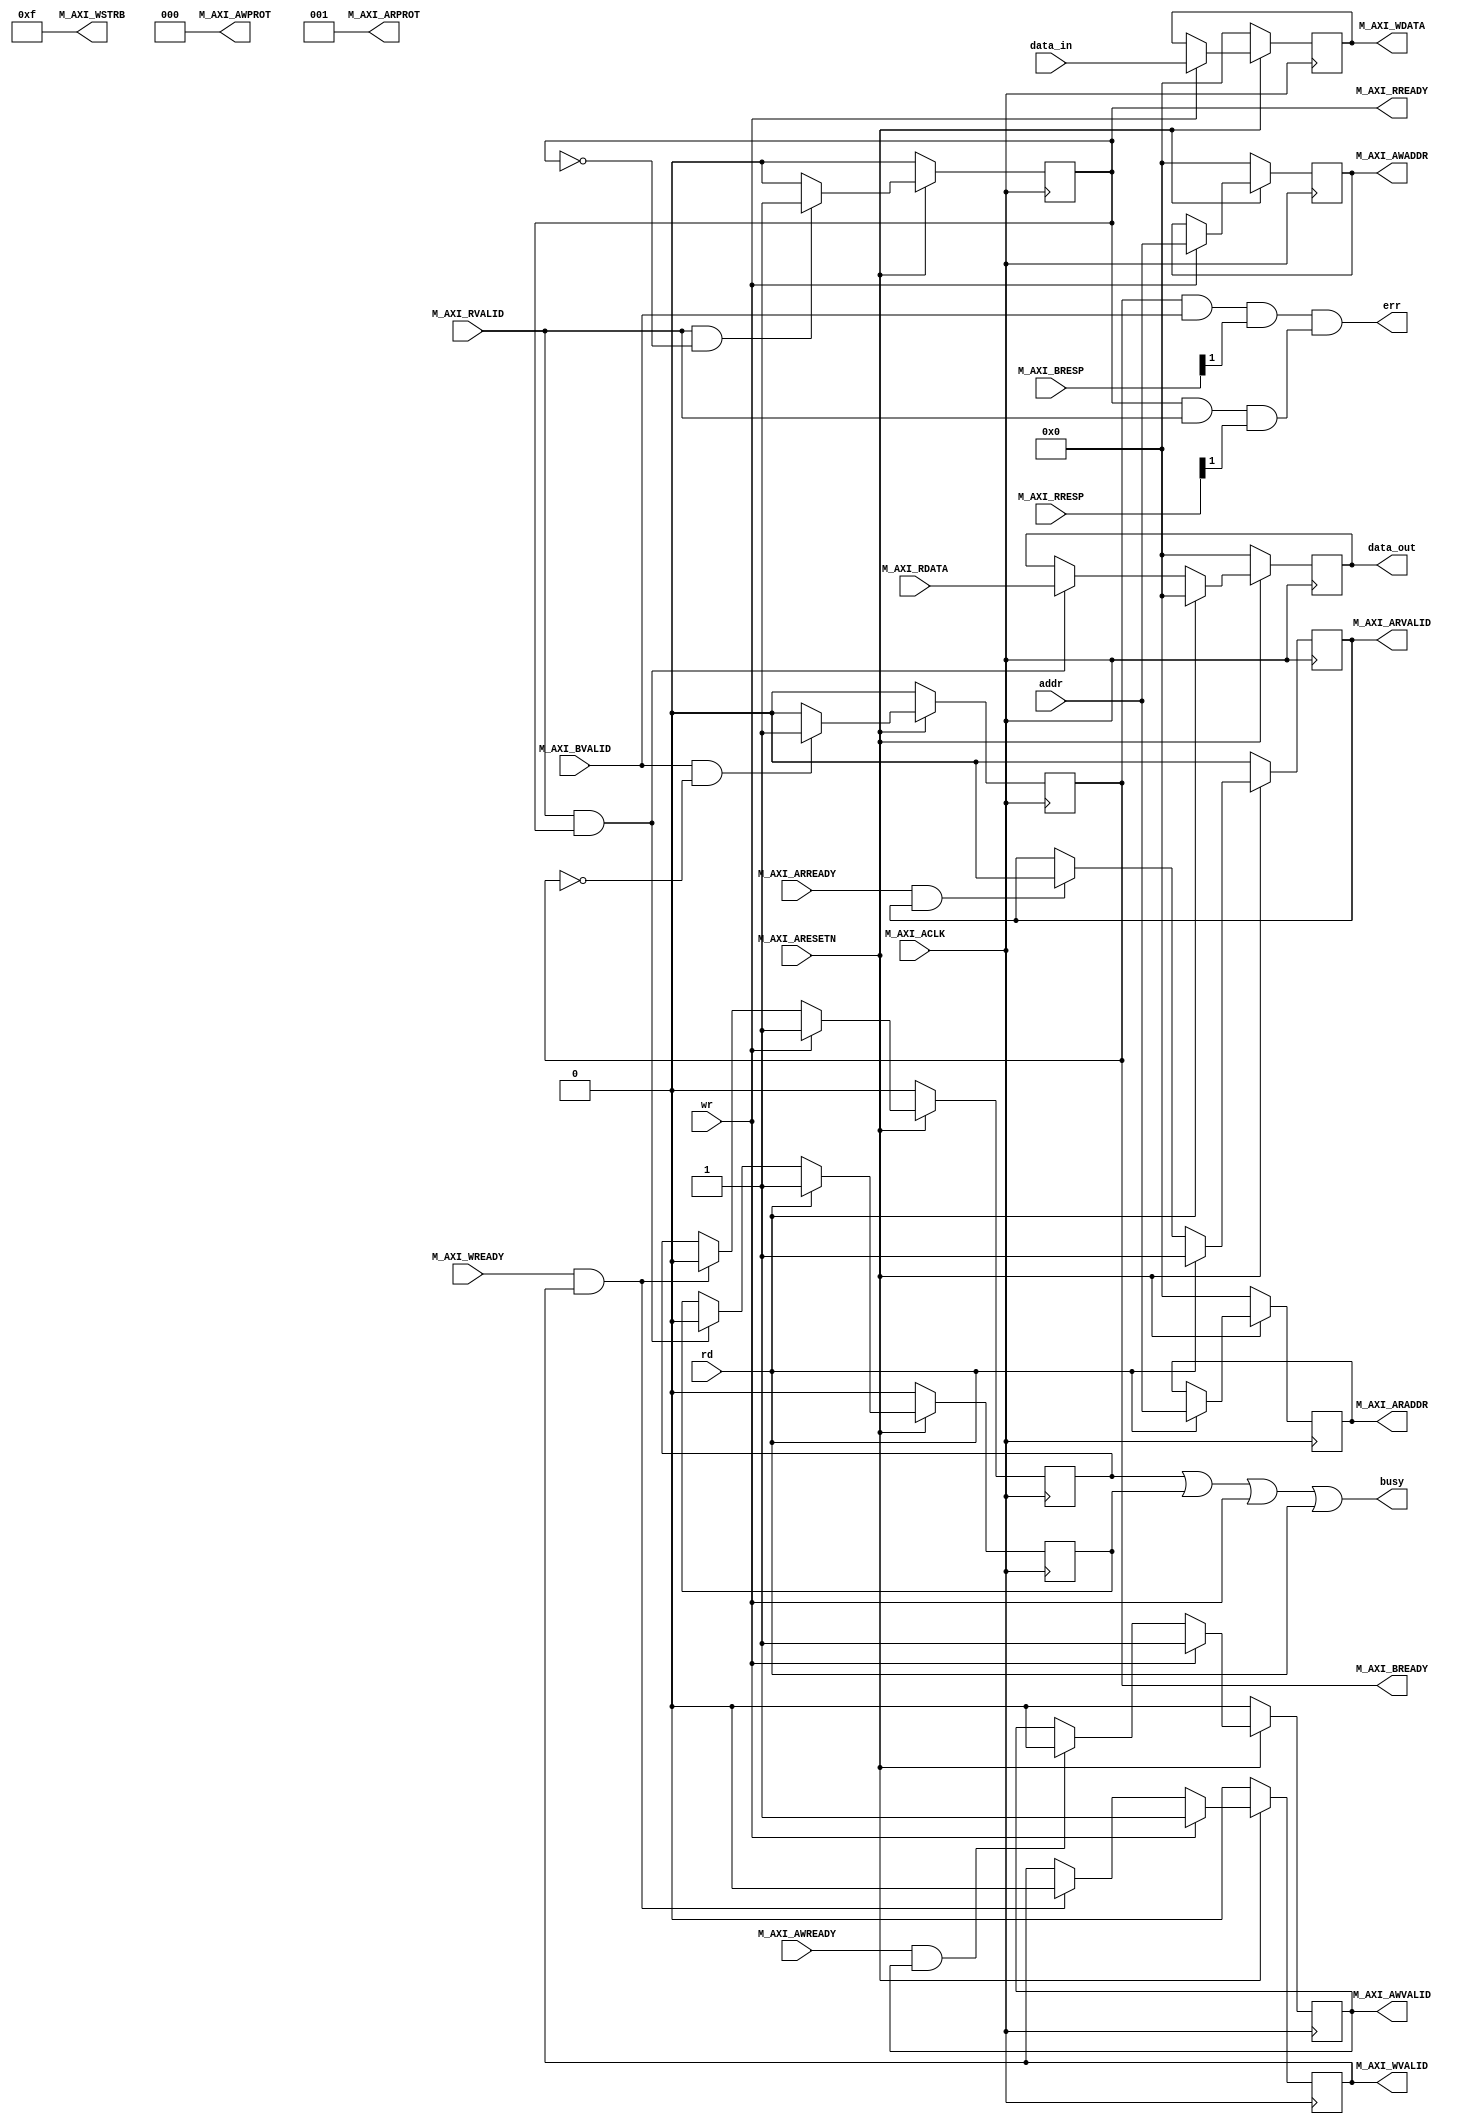

`timescale 1 ns / 1 ps

	module axi4_lite_inf_v1_0_M00_AXI #
	(		
		// Width of M_AXI address bus. 
    // The master generates the read and write addresses of width specified as C_M_AXI_ADDR_WIDTH.
		parameter integer C_M_AXI_ADDR_WIDTH	= 32,
		// Width of M_AXI data bus. 
    // The master issues write data and accept read data where the width of the data bus is C_M_AXI_DATA_WIDTH
		parameter integer C_M_AXI_DATA_WIDTH	= 32
	)
	(
		// Users to add ports here
		input wire [31:0] addr,
		input wire [31:0] data_in,
		output reg [31:0] data_out,
		input wire wr,
		input wire rd,
		output wire busy,
		output wire err,
		// User ports ends
		// AXI clock signal
		input wire  M_AXI_ACLK,
		// AXI active low reset signal
		input wire  M_AXI_ARESETN,
		// Master Interface Write Address Channel ports. Write address (issued by master)
		output wire [C_M_AXI_ADDR_WIDTH-1 : 0] M_AXI_AWADDR,
		// Write channel Protection type.
    // This signal indicates the privilege and security level of the transaction,
    // and whether the transaction is a data access or an instruction access.
		output wire [2 : 0] M_AXI_AWPROT,
		// Write address valid. 
    // This signal indicates that the master signaling valid write address and control information.
		output wire  M_AXI_AWVALID,
		// Write address ready. 
    // This signal indicates that the slave is ready to accept an address and associated control signals.
		input wire  M_AXI_AWREADY,
		// Master Interface Write Data Channel ports. Write data (issued by master)
		output wire [C_M_AXI_DATA_WIDTH-1 : 0] M_AXI_WDATA,
		// Write strobes. 
    // This signal indicates which byte lanes hold valid data.
    // There is one write strobe bit for each eight bits of the write data bus.
		output wire [C_M_AXI_DATA_WIDTH/8-1 : 0] M_AXI_WSTRB,
		// Write valid. This signal indicates that valid write data and strobes are available.
		output wire  M_AXI_WVALID,
		// Write ready. This signal indicates that the slave can accept the write data.
		input wire  M_AXI_WREADY,
		// Master Interface Write Response Channel ports. 
    // This signal indicates the status of the write transaction.
		input wire [1 : 0] M_AXI_BRESP,
		// Write response valid. 
    // This signal indicates that the channel is signaling a valid write response
		input wire  M_AXI_BVALID,
		// Response ready. This signal indicates that the master can accept a write response.
		output wire  M_AXI_BREADY,
		// Master Interface Read Address Channel ports. Read address (issued by master)
		output wire [C_M_AXI_ADDR_WIDTH-1 : 0] M_AXI_ARADDR,
		// Protection type. 
    // This signal indicates the privilege and security level of the transaction, 
    // and whether the transaction is a data access or an instruction access.
		output wire [2 : 0] M_AXI_ARPROT,
		// Read address valid. 
    // This signal indicates that the channel is signaling valid read address and control information.
		output wire  M_AXI_ARVALID,
		// Read address ready. 
    // This signal indicates that the slave is ready to accept an address and associated control signals.
		input wire  M_AXI_ARREADY,
		// Master Interface Read Data Channel ports. Read data (issued by slave)
		input wire [C_M_AXI_DATA_WIDTH-1 : 0] M_AXI_RDATA,
		// Read response. This signal indicates the status of the read transfer.
		input wire [1 : 0] M_AXI_RRESP,
		// Read valid. This signal indicates that the channel is signaling the required read data.
		input wire  M_AXI_RVALID,
		// Read ready. This signal indicates that the master can accept the read data and response information.
		output wire  M_AXI_RREADY
	);

	// AXI4LITE signals
	//write address valid
	reg  	axi_awvalid;
	//write data valid
	reg  	axi_wvalid;
	//read address valid
	reg  	axi_arvalid;
	//read data acceptance
	reg  	axi_rready;
	//write response acceptance
	reg  	axi_bready;
	//write address
	reg [C_M_AXI_ADDR_WIDTH-1 : 0] 	axi_awaddr;
	//write data
	reg [C_M_AXI_DATA_WIDTH-1 : 0] 	axi_wdata;
	//read addresss
	reg [C_M_AXI_ADDR_WIDTH-1 : 0] 	axi_araddr;
	//Asserts when there is a write response error
	wire  	write_resp_error;
	//Asserts when there is a read response error
	wire  	read_resp_error;
	
	always @ (posedge M_AXI_ACLK)
		if (M_AXI_ARESETN == 0 )	begin
			axi_awaddr <= 'd0;
			axi_wdata <= 'd0;
		end
		else if (wr)	begin
			axi_awaddr <= addr[31:0];	
			axi_wdata <= data_in;
		end

	always @ (posedge M_AXI_ACLK)
		if (M_AXI_ARESETN == 0 )
			axi_araddr <= 'd0;
		else if (rd)
			axi_araddr <= addr[31:0];	
			
	reg wr_busy;
	always @ (posedge M_AXI_ACLK)
		if (M_AXI_ARESETN == 0 )
			wr_busy <= 1'b0;
		else if (wr)
			wr_busy <= 1'b1;
		else if (M_AXI_WREADY && axi_wvalid) 
			wr_busy <= 1'b0;

	reg rd_busy;
	always @ (posedge M_AXI_ACLK)
		if (M_AXI_ARESETN == 0 )
			rd_busy <= 1'b0;
		else if (rd)
			rd_busy <= 1'b1;
		else if (M_AXI_RVALID && axi_rready) 
			rd_busy <= 1'b0;
						
	assign busy = wr_busy | rd_busy | wr | rd;
	assign err = write_resp_error & read_resp_error;
	
	always @ (posedge M_AXI_ACLK)
		if (M_AXI_ARESETN == 0 )
			data_out <= 32'd0;
		else if (rd)
			data_out <= 32'd0;
		else if (M_AXI_RVALID && axi_rready)
			data_out <= M_AXI_RDATA[31:0];
			
			
	// I/O Connections assignments
	 
	//Adding the offset address to the base addr of the slave
	assign M_AXI_AWADDR	= axi_awaddr;
	//AXI 4 write data
	assign M_AXI_WDATA	= axi_wdata;
	assign M_AXI_AWPROT	= 3'b000;
	assign M_AXI_AWVALID	= axi_awvalid;
	//Write Data(W)
	assign M_AXI_WVALID	= axi_wvalid;
	//Set all byte strobes in this example
	assign M_AXI_WSTRB	= 4'b1111;
	//Write Response (B)
	assign M_AXI_BREADY	= axi_bready;
	//Read Address (AR)
	assign M_AXI_ARADDR	= axi_araddr;
	assign M_AXI_ARVALID	= axi_arvalid;
	assign M_AXI_ARPROT	= 3'b001;
	//Read and Read Response (R)
	assign M_AXI_RREADY	= axi_rready;

	//--------------------
	//Write Address Channel
	//--------------------

	// The purpose of the write address channel is to request the address and 
	// command information for the entire transaction.  It is a single beat
	// of information.

	// Note for this example the axi_awvalid/axi_wvalid are asserted at the same
	// time, and then each is deasserted independent from each other.
	// This is a lower-performance, but simplier control scheme.

	// AXI VALID signals must be held active until accepted by the partner.

	// A data transfer is accepted by the slave when a master has
	// VALID data and the slave acknoledges it is also READY. While the master
	// is allowed to generated multiple, back-to-back requests by not 
	// deasserting VALID, this design will add rest cycle for
	// simplicity.

	// Since only one outstanding transaction is issued by the user design,
	// there will not be a collision between a new request and an accepted
	// request on the same clock cycle. 

	  always @(posedge M_AXI_ACLK)										      
	  begin                                                                        
	    //Only VALID signals must be deasserted during reset per AXI spec          
	    //Consider inverting then registering active-low reset for higher fmax     
	    if (M_AXI_ARESETN == 0)                                                   
	      begin                                                                    
	        axi_awvalid <= 1'b0;                                                   
	      end                                                                      
	      //Signal a new address/data command is available by user logic           
	    else                                                                       
	      begin                                                                    
	        if (wr)                                                
	          begin                                                                
	            axi_awvalid <= 1'b1;                                               
	          end                                                                  
	     //Address accepted by interconnect/slave (issue of M_AXI_AWREADY by slave)
	        else if (M_AXI_AWREADY && axi_awvalid)                                 
	          begin                                                                
	            axi_awvalid <= 1'b0;                                               
	          end                                                                  
	      end                                                                      
	  end                                                                          
	                                                                               
	//--------------------
	//Write Data Channel
	//--------------------

	//The write data channel is for transfering the actual data.
	//The data generation is speific to the example design, and 
	//so only the WVALID/WREADY handshake is shown here

	   always @(posedge M_AXI_ACLK)                                        
	   begin                                                                         
	     if (M_AXI_ARESETN == 0 )                                                    
	       begin                                                                     
	         axi_wvalid <= 1'b0;                                                     
	       end                                                                       
	     //Signal a new address/data command is available by user logic              
	     else if (wr)                                                
	       begin                                                                     
	         axi_wvalid <= 1'b1;                                                     
	       end                                                                       
	     //Data accepted by interconnect/slave (issue of M_AXI_WREADY by slave)      
	     else if (M_AXI_WREADY && axi_wvalid)                                        
	       begin                                                                     
	        axi_wvalid <= 1'b0;                                                      
	       end                                                                       
	   end                                                                           


	//----------------------------
	//Write Response (B) Channel
	//----------------------------

	//The write response channel provides feedback that the write has committed
	//to memory. BREADY will occur after both the data and the write address
	//has arrived and been accepted by the slave, and can guarantee that no
	//other accesses launched afterwards will be able to be reordered before it.

	//The BRESP bit [1] is used indicate any errors from the interconnect or
	//slave for the entire write burst. This example will capture the error.

	//While not necessary per spec, it is advisable to reset READY signals in
	//case of differing reset latencies between master/slave.

	  always @(posedge M_AXI_ACLK)                                    
	  begin                                                                
	    if (M_AXI_ARESETN == 0)                                           
	      begin                                                            
	        axi_bready <= 1'b0;                                            
	      end                                                              
	    // accept/acknowledge bresp with axi_bready by the master          
	    // when M_AXI_BVALID is asserted by slave                          
	    else if (M_AXI_BVALID && ~axi_bready)                              
	      begin                                                            
	        axi_bready <= 1'b1;                                            
	      end                                                              
	    // deassert after one clock cycle                                  
	    else if (axi_bready)                                               
	      begin                                                            
	        axi_bready <= 1'b0;                                            
	      end                                                              
	    // retain the previous value                                       
	    else                                                               
	      axi_bready <= axi_bready;                                        
	  end                                                                  
	                                                                       
	//Flag write errors                                                    
	assign write_resp_error = (axi_bready & M_AXI_BVALID & M_AXI_BRESP[1]);
	                                                                                   
	  // A new axi_arvalid is asserted when there is a valid read address              
	  // available by the master. rd triggers a new read                
	  // transaction                                                                   
	  always @(posedge M_AXI_ACLK)                                                     
	  begin                                                                            
	    if (M_AXI_ARESETN == 0)                                                       
	      begin                                                                        
	        axi_arvalid <= 1'b0;                                                       
	      end                                                                          
	    //Signal a new read address command is available by user logic                 
	    else if (rd)                                                    
	      begin                                                                        
	        axi_arvalid <= 1'b1;                                                       
	      end                                                                          
	    //RAddress accepted by interconnect/slave (issue of M_AXI_ARREADY by slave)    
	    else if (M_AXI_ARREADY && axi_arvalid)                                         
	      begin                                                                        
	        axi_arvalid <= 1'b0;                                                       
	      end                                                                          
	    // retain the previous value                                                   
	  end                                                                              


	//--------------------------------
	//Read Data (and Response) Channel
	//--------------------------------

	//The Read Data channel returns the results of the read request 
	//The master will accept the read data by asserting axi_rready
	//when there is a valid read data available.
	//While not necessary per spec, it is advisable to reset READY signals in
	//case of differing reset latencies between master/slave.

	  always @(posedge M_AXI_ACLK)                                    
	  begin                                                                 
	    if (M_AXI_ARESETN == 0)                                            
	      begin                                                             
	        axi_rready <= 1'b0;                                             
	      end                                                               
	    // accept/acknowledge rdata/rresp with axi_rready by the master     
	    // when M_AXI_RVALID is asserted by slave                           
	    else if (M_AXI_RVALID && ~axi_rready)                               
	      begin                                                             
	        axi_rready <= 1'b1;                                             
	      end                                                               
	    // deassert after one clock cycle                                   
	    else if (axi_rready)                                                
	      begin                                                             
	        axi_rready <= 1'b0;                                             
	      end                                                               
	    // retain the previous value                                        
	  end                                                                   
	                                                                        
	//Flag write errors                                                     
	assign read_resp_error = (axi_rready & M_AXI_RVALID & M_AXI_RRESP[1]);  

	endmodule